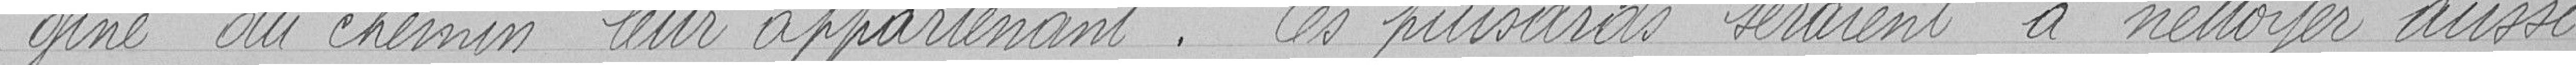
gine du chemin leur appartenant. Ces puisards seraient à nettoyer aussi